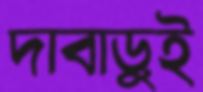
দাবাড়ুই